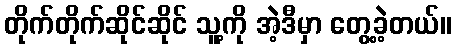
တိုက်တိုက်ဆိုင်ဆိုင် သူ့ကို အဲ့ဒီမှာ တွေ့ခဲ့တယ်။